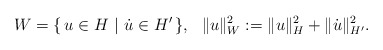
\begin{align*} W= \{ \, u\in H~|~\dot u \in H' \,\}, ~~\|u\|_W^2 := \|u\|_H^2 +\|\dot u\|_{H'}^2.\end{align*}